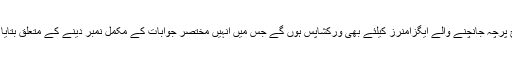
اسی طرح پرچہ جانچنے والے ایگزامنرز کیلئے بھی ورکشاپس ہوں گے جس میں انہیں مختصر جوابات کے مکمل نمبر دینے کے متعلق بتایا جائے گا۔